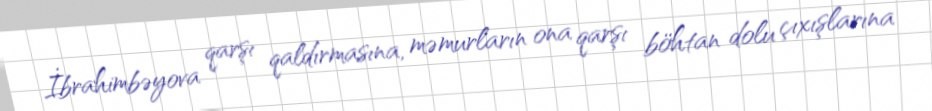
İbrahimbəyova qarşı qaldırmasına, məmurların ona qarşı böhtan dolu çıxışlarına